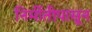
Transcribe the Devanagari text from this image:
निर्मीतीपासून